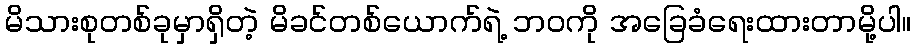
မိသားစုတစ်ခုမှာရှိတဲ့ မိခင်တစ်ယောက်ရဲ့ ဘဝကို အခြေခံရေးထားတာမို့ပါ။